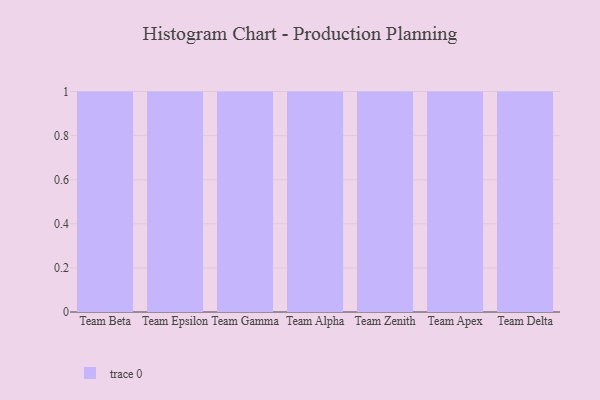
{"axis": {"x": "Team", "y": "Satisfaction Score"}, "legend": [""], "data": [{"x": "Team Beta", "y": 80, "type": ""}, {"x": "Team Epsilon", "y": 69, "type": ""}, {"x": "Team Gamma", "y": 46, "type": ""}, {"x": "Team Alpha", "y": 86, "type": ""}, {"x": "Team Zenith", "y": 15, "type": ""}, {"x": "Team Apex", "y": 38, "type": ""}, {"x": "Team Delta", "y": 41, "type": ""}]}